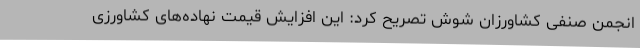
انجمن صنفی کشاورزان شوش تصریح کرد: این افزایش قیمت نهاده‌های کشاورزی